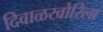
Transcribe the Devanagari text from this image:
दिवाळखोरिला